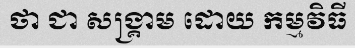
ថា ជា សង្គ្រាម ដោយ កម្មវិធី